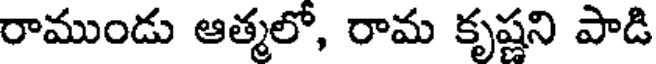
రాముండు ఆత్మలో, రామ కృష్ణని పాడి